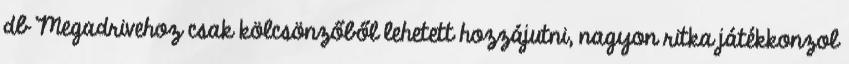
db Megadrivehoz csak kölcsönzőből lehetett hozzájutni, nagyon ritka játékkonzol